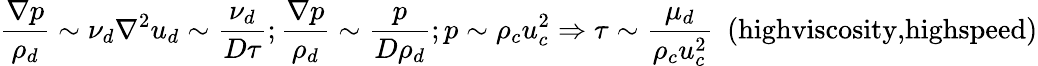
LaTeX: \frac{\nabla p}{\rho_{d}}\sim\nu_{d}\nabla^{2}u_{d}\sim\frac{\nu_{d}}{D\tau};\frac{\nabla p}{\rho_{d}}\sim\frac{p}{D\rho_{d}};p\sim\rho_{c}u_{c}^{2}\Rightarrow\tau\sim\frac{\mu_{d}}{\rho_{c}u_{c}^{2}}~~(\textrm{highviscosity,highspeed})